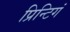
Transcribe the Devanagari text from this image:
प्रिन्टिगं